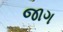
જાગ